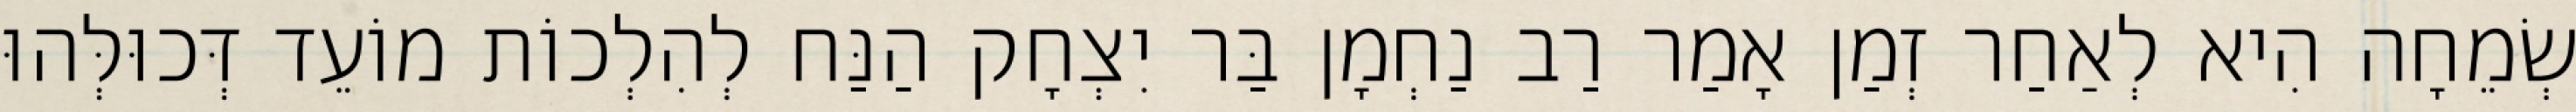
שְׂמֵחָה הִיא לְאַחַר זְמַן אָמַר רַב נַחְמָן בַּר יִצְחָק הַנַּח לְהִלְכוֹת מוֹעֵד דְּכוּלְּהוּ